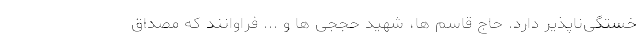
خستگی‌ناپذیر دارد. حاج قاسم ها، شهید حججی ها و ... فراوانند که مصداق